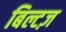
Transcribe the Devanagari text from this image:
बिल्टज़